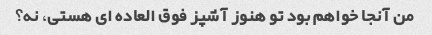
من آنجا خواهم بود تو هنوز آشپز فوق العاده ای هستی، نه؟